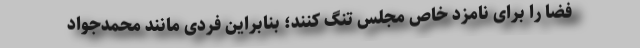
فضا را برای نامزد خاص مجلس تنگ کنند؛ بنابراین فردی مانند محمدجواد